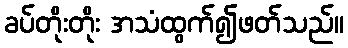
ခပ်တိုးတိုး အသံထွက်၍ဖတ်သည်။